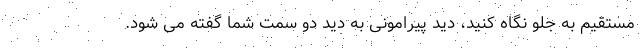
مستقیم به جلو نگاه کنید، دید پیرامونی به دید دو سمت شما گفته می شود.